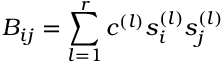
{ B _ { i j } = \sum _ { l = 1 } ^ { r } c ^ { ( l ) } s _ { i } ^ { ( l ) } s _ { j } ^ { ( l ) } }